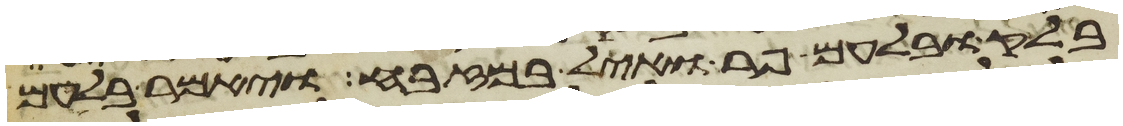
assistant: בלק ובלעם פר ואיל במזבח ויאמר בלעם